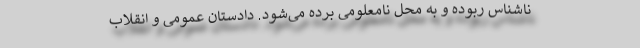
ناشناس ربوده و به محل نامعلومی برده می‌شود. دادستان عمومی و انقلاب